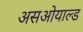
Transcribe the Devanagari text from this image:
असओयाल्ड